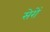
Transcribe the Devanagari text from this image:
सेरों